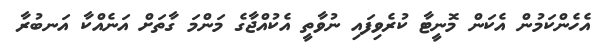
އެހެންކަމުން އެކަން މޮނީޓާ ކުރެވިފައި ނުވާތީ އެކުއްޖާގެ މަންމަ ގާތަށް އަނެއްކާ އަނބުރާ